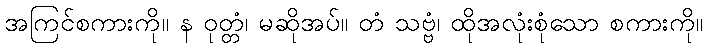
အကြင်စကားကို။ န ဝုတ္တံ၊ မဆိုအပ်။ တံ သဗ္ဗံ၊ ထိုအလုံးစုံသော စကားကို။